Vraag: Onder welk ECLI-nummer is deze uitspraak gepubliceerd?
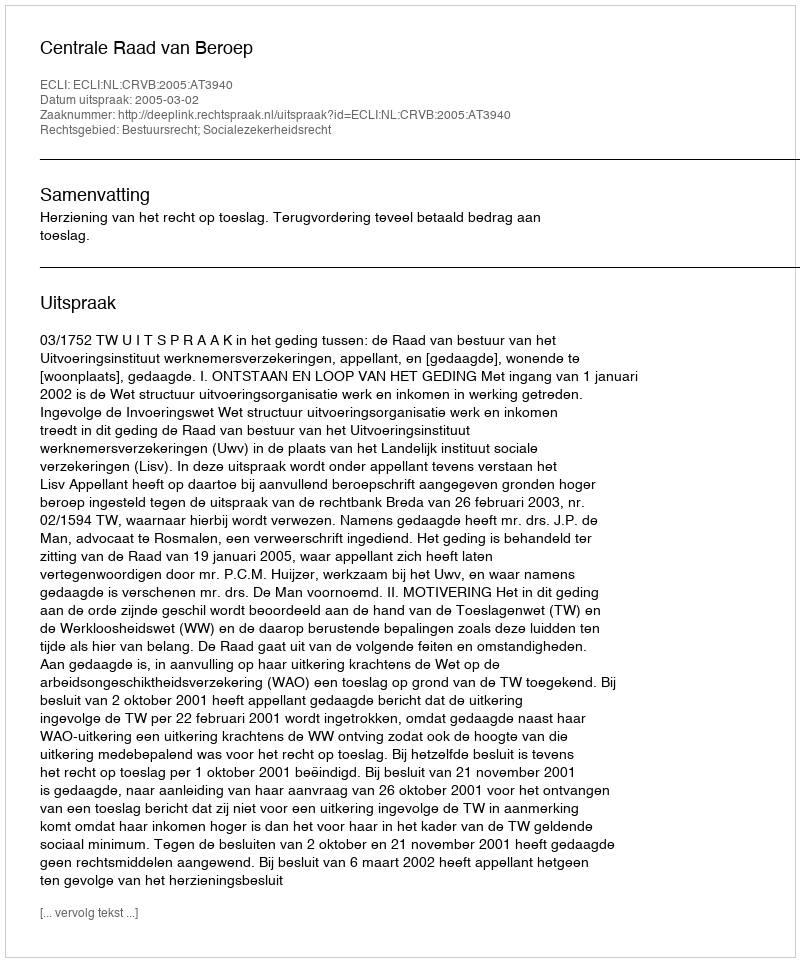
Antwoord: ECLI:NL:CRVB:2005:AT3940